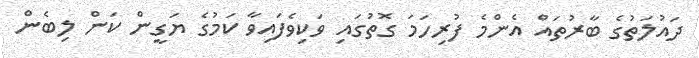
ދައުލަތުގެ ބާރުތައް އެންމެ ފުރިހަމަ ގޮތުގައި ވަކިވެފައިވާ ކަމުގެ ޔަގީން ކަން ލިބެން